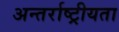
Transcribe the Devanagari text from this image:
अन्तर्राष्ट्रीयता